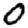
Digit: 0